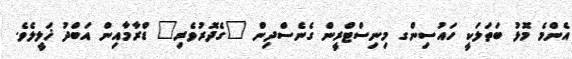
އެންމެ މޮޅު ބަތަލަކީ ހައުސިންގ މިނިސްޓްރީން ގެނެސްދިން "ގެދޮރުވެރި" ޑްރާމާއިން އަބްދު ޚަލީލެވެ.